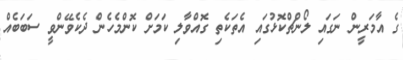
ގެ އާމަރީން ނަގައި ލޯންޗްކޮޅުގައި އެތަކެތި ގޮއްވާލި ކަމަށް ކޮންމެހެން ދެކެވޭންވީ ސަބަބެއް